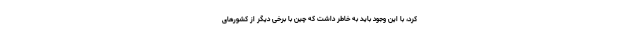
کرد، با این وجود باید به خاطر داشت که چین با برخی دیگر از کشورهای